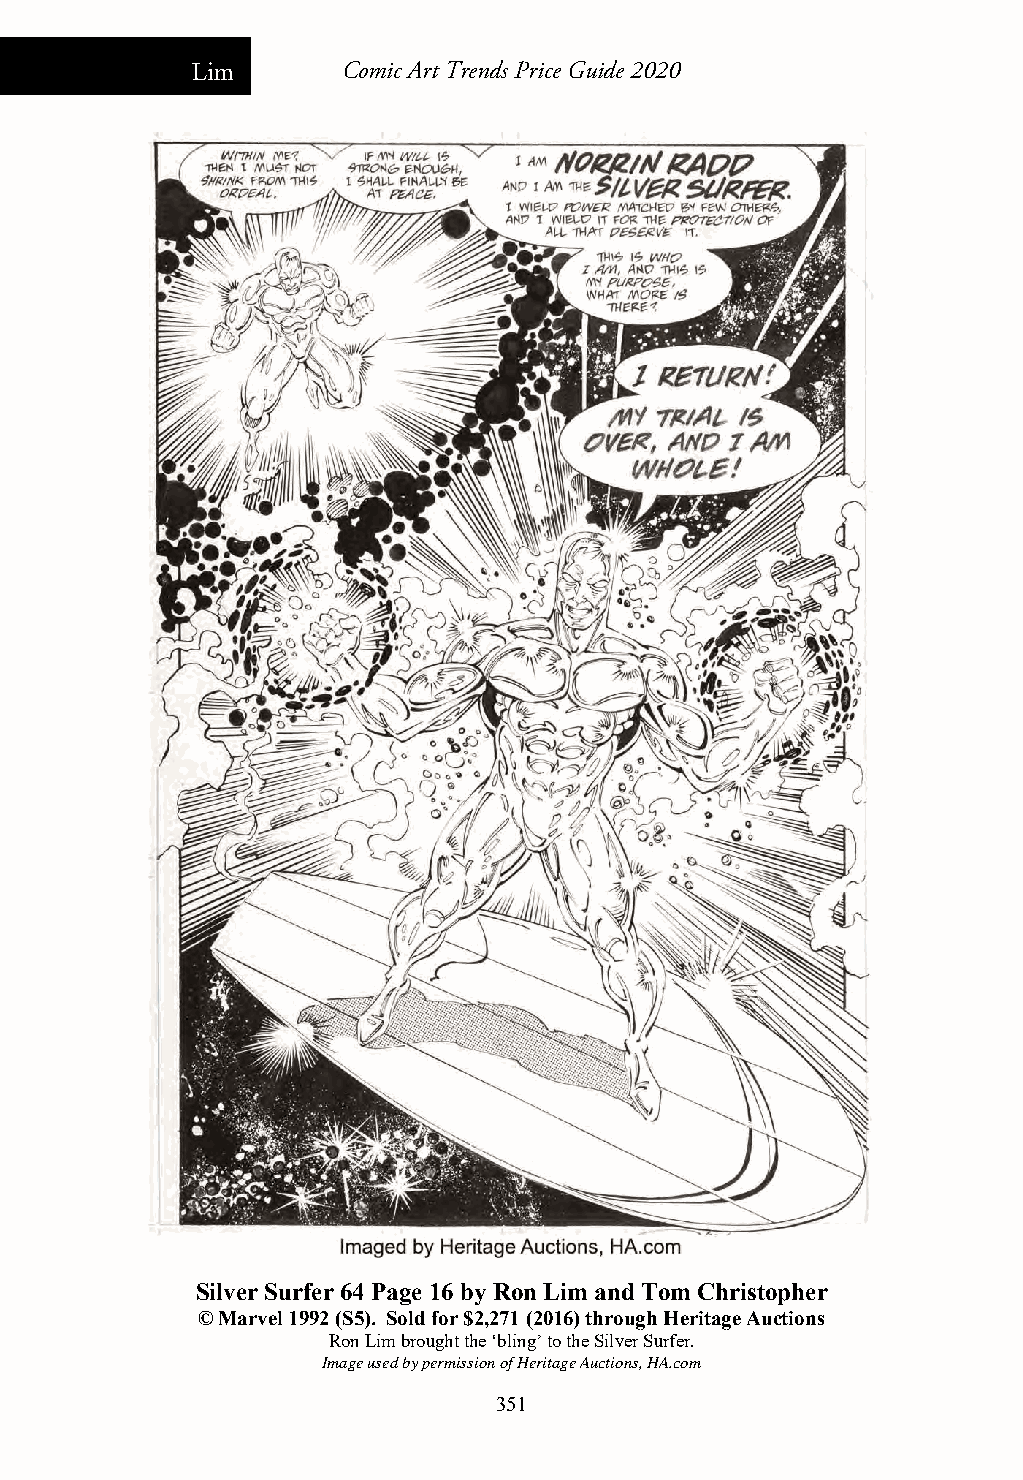
Lim       Comic Art Trends Price Guide 2020
 Silver Surfer 64 Page 16 by Ron Lim and Tom Christopher
 © Marvel 1992 (S5). Sold for $2,271 (2016) through Heritage Auctions
 Ron Lim brought the ‘bling’ to the Silver Surfer.
 Image used by permission of Heritage Auctions, HA.com
 351